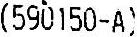
(590150-A)